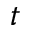
t